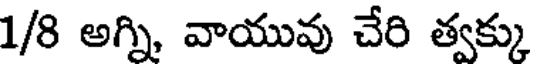
1/8 అగ్ని వాయువు చేరి త్వక్కు